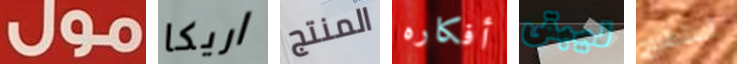
مول اريكا المنتج أفكاره ليبقى أستطيع